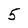
Character: 5